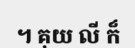
។ គុយ លី ក៏